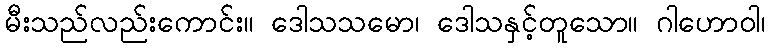
မီးသည်လည်းကောင်း။ ဒေါသသမော၊ ဒေါသနှင့်တူသော။ ဂါဟောဝါ၊